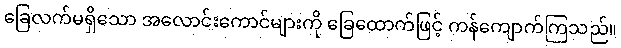
ခြေလက်မရှိသော အလောင်းကောင်များကို ခြေထောက်ဖြင့် ကန်ကျောက်ကြသည်။